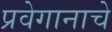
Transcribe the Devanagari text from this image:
प्रवेगानाचे